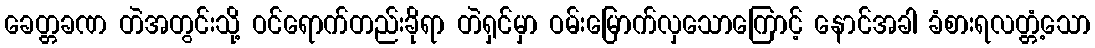
ခေတ္တခဏ တဲအတွင်းသို့ ဝင်ရောက်တည်းခိုရာ တဲရှင်မှာ ဝမ်းမြောက်လှသောကြောင့် နောင်အခါ ခံစားရလတ္တံ့သော